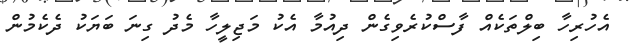
އެހުރިހާ ބިލްތަކެއް ފާސްކުރެވިގެން ދިއުމާ އެކު މަޖިލީހާ މެދު ގިނަ ބަޔަކު ދެކެމުން